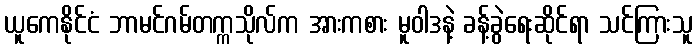
ယူကေနိုင်ငံ ဘာမင်ဂမ်တက္ကသိုလ်က အားကစား မူဝါဒနဲ့ ခန့်ခွဲရေးဆိုင်ရာ သင်ကြားသူ